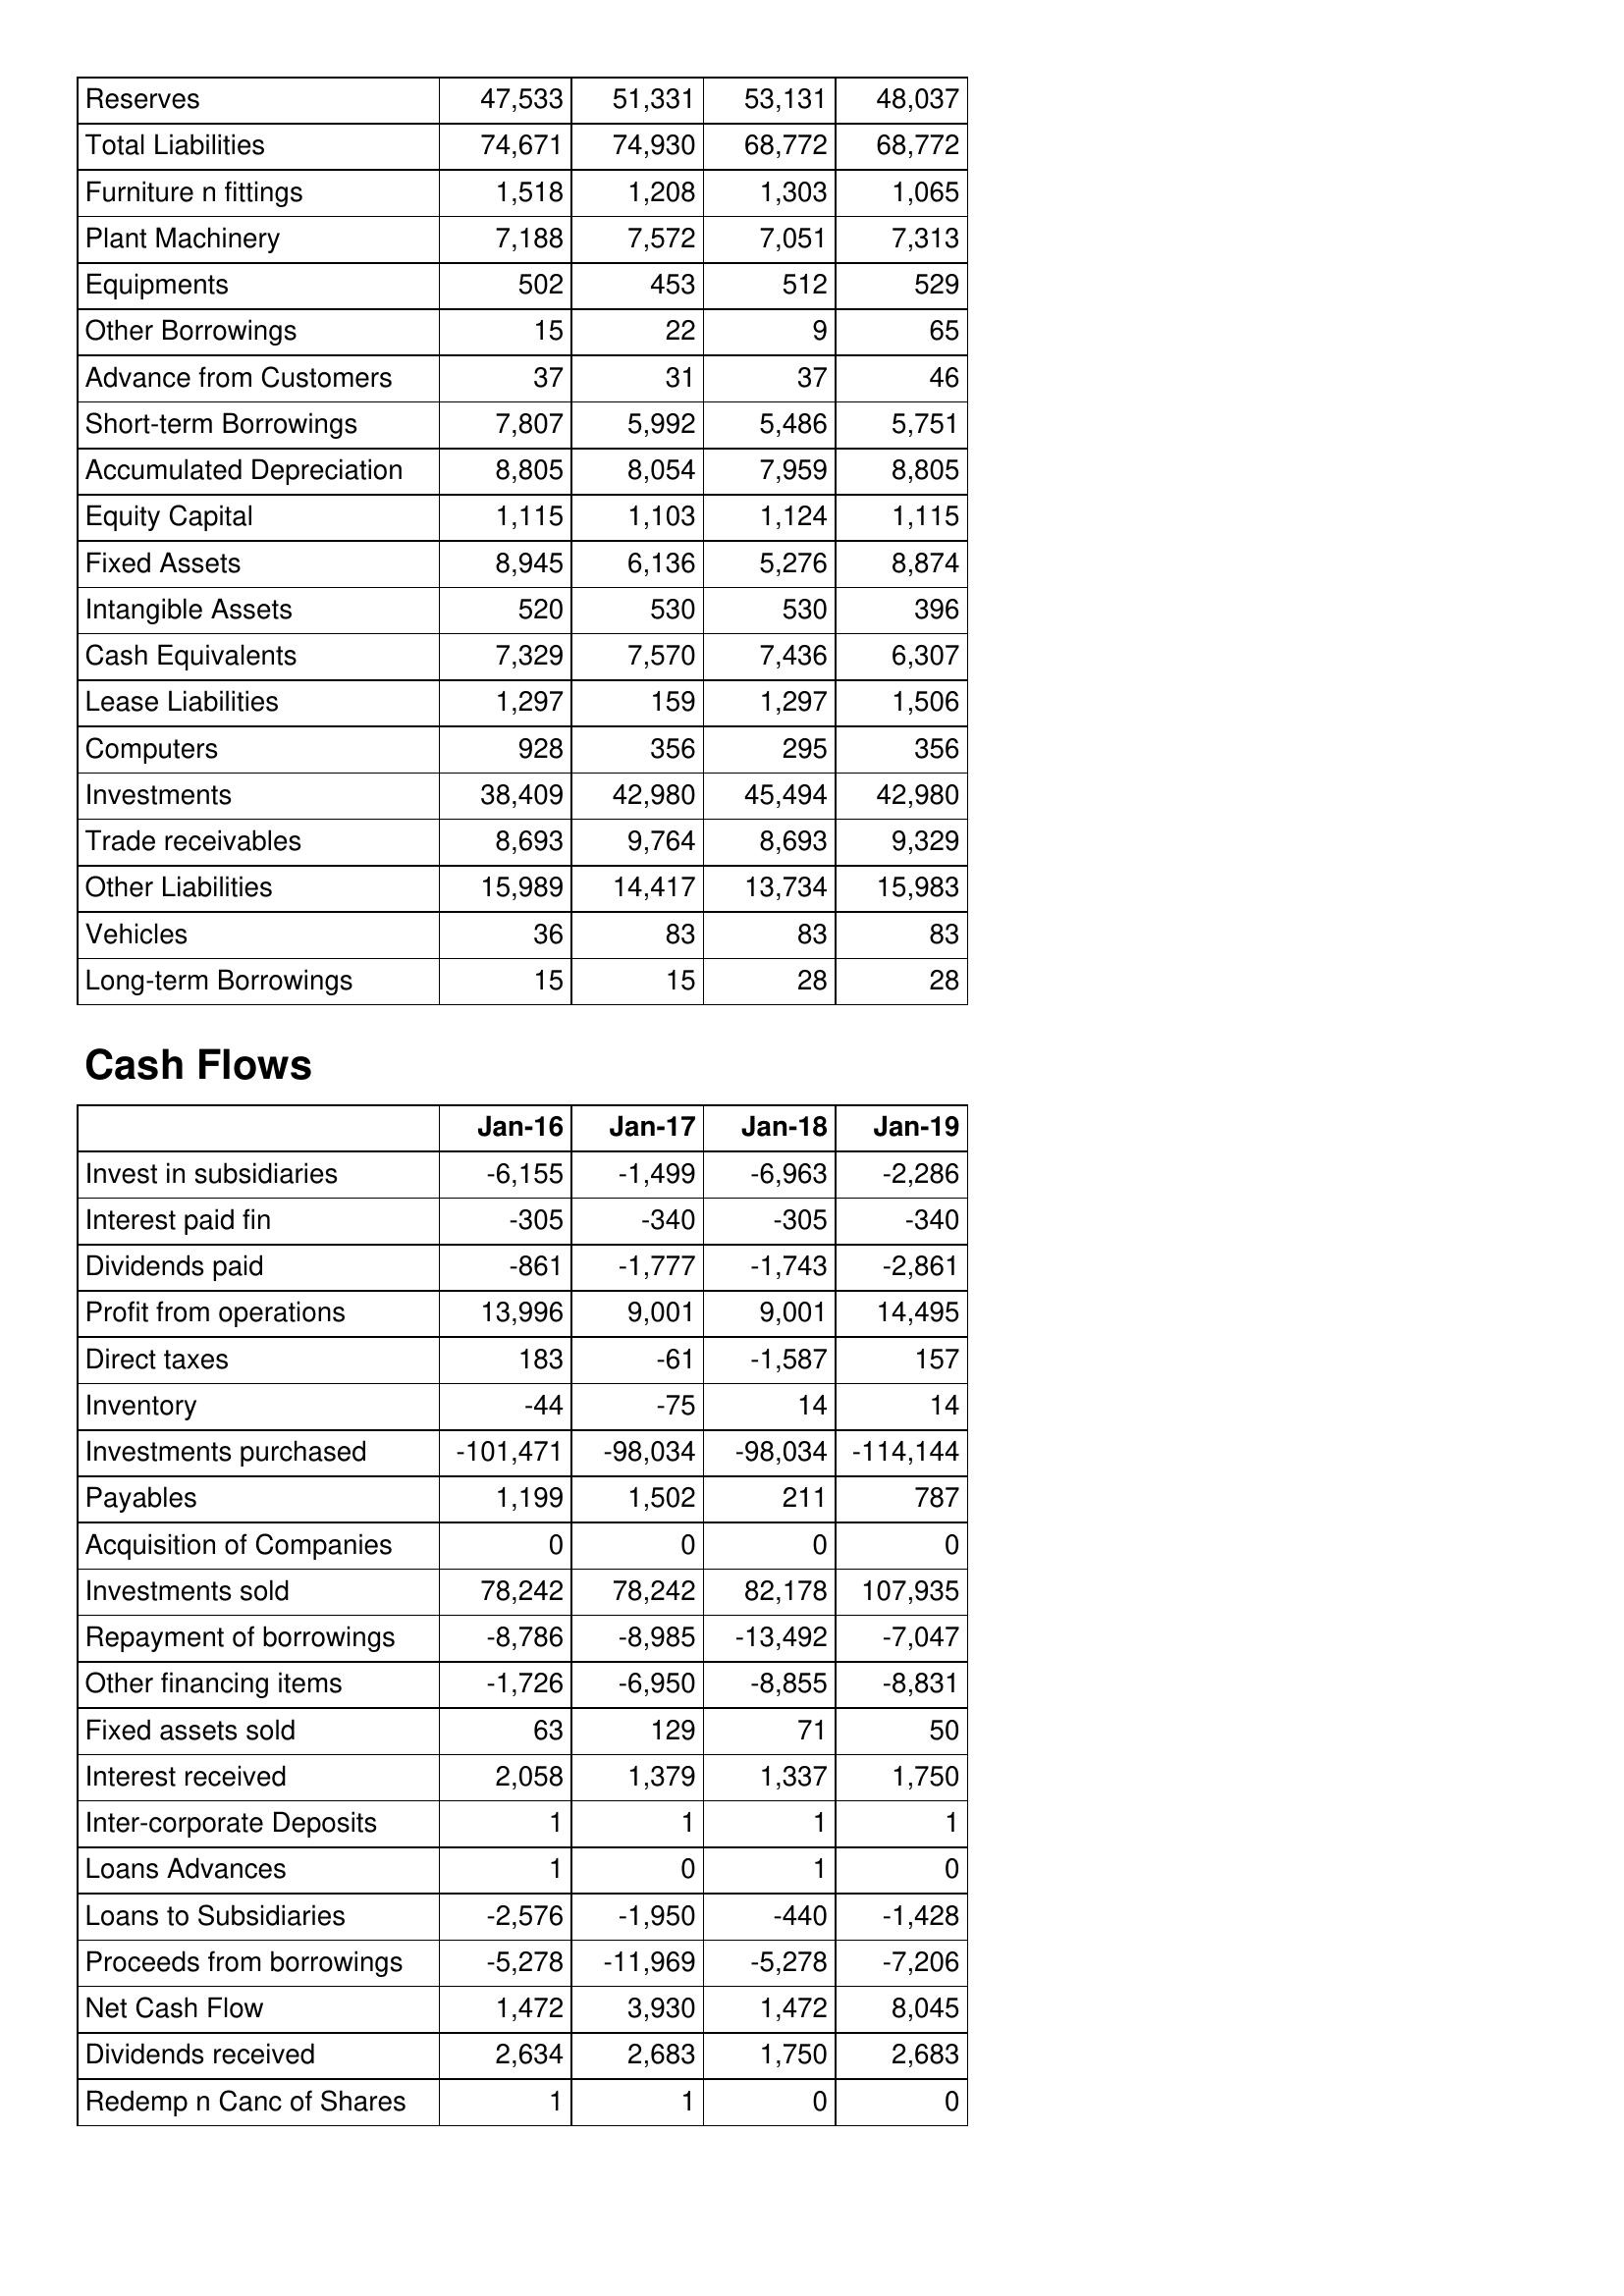
Jan-16: Balance Sheet: Reserves: 47,533
Total Liabilities: 74,671
Furniture n fittings: 1,518
Plant Machinery: 7,188
Equipments: 502
Other Borrowings: 15
Advance from Customers: 37
Short-term Borrowings: 7,807
Accumulated Depreciation: 8,805
Equity Capital: 1,115
Fixed Assets: 8,945
Intangible Assets: 520
Cash Equivalents: 7,329
Lease Liabilities: 1,297
Computers: 928
Investments: 38,409
Trade receivables: 8,693
Other Liabilities: 15,989
Vehicles: 36
Long-term Borrowings: 15
Cash Flows: Invest in subsidiaries: -6,155
Interest paid fin: -305
Dividends paid: -861
Profit from operations: 13,996
Direct taxes: 183
Inventory: -44
Investments purchased: -101,471
Payables: 1,199
Acquisition of Companies: 0
Investments sold: 78,242
Repayment of borrowings: -8,786
Other financing items: -1,726
Fixed assets sold: 63
Interest received: 2,058
Inter-corporate Deposits: 1
Loans Advances: 1
Loans to Subsidiaries: -2,576
Proceeds from borrowings: -5,278
Net Cash Flow: 1,472
Dividends received: 2,634
Redemp n Canc of Shares: 1
Jan-17: Balance Sheet: Reserves: 51,331
Total Liabilities: 74,930
Furniture n fittings: 1,208
Plant Machinery: 7,572
Equipments: 453
Other Borrowings: 22
Advance from Customers: 31
Short-term Borrowings: 5,992
Accumulated Depreciation: 8,054
Equity Capital: 1,103
Fixed Assets: 6,136
Intangible Assets: 530
Cash Equivalents: 7,570
Lease Liabilities: 159
Computers: 356
Investments: 42,980
Trade receivables: 9,764
Other Liabilities: 14,417
Vehicles: 83
Long-term Borrowings: 15
Cash Flows: Invest in subsidiaries: -1,499
Interest paid fin: -340
Dividends paid: -1,777
Profit from operations: 9,001
Direct taxes: -61
Inventory: -75
Investments purchased: -98,034
Payables: 1,502
Acquisition of Companies: 0
Investments sold: 78,242
Repayment of borrowings: -8,985
Other financing items: -6,950
Fixed assets sold: 129
Interest received: 1,379
Inter-corporate Deposits: 1
Loans Advances: 0
Loans to Subsidiaries: -1,950
Proceeds from borrowings: -11,969
Net Cash Flow: 3,930
Dividends received: 2,683
Redemp n Canc of Shares: 1
Jan-18: Balance Sheet: Reserves: 53,131
Total Liabilities: 68,772
Furniture n fittings: 1,303
Plant Machinery: 7,051
Equipments: 512
Other Borrowings: 9
Advance from Customers: 37
Short-term Borrowings: 5,486
Accumulated Depreciation: 7,959
Equity Capital: 1,124
Fixed Assets: 5,276
Intangible Assets: 530
Cash Equivalents: 7,436
Lease Liabilities: 1,297
Computers: 295
Investments: 45,494
Trade receivables: 8,693
Other Liabilities: 13,734
Vehicles: 83
Long-term Borrowings: 28
Cash Flows: Invest in subsidiaries: -6,963
Interest paid fin: -305
Dividends paid: -1,743
Profit from operations: 9,001
Direct taxes: -1,587
Inventory: 14
Investments purchased: -98,034
Payables: 211
Acquisition of Companies: 0
Investments sold: 82,178
Repayment of borrowings: -13,492
Other financing items: -8,855
Fixed assets sold: 71
Interest received: 1,337
Inter-corporate Deposits: 1
Loans Advances: 1
Loans to Subsidiaries: -440
Proceeds from borrowings: -5,278
Net Cash Flow: 1,472
Dividends received: 1,750
Redemp n Canc of Shares: 0
Jan-19: Balance Sheet: Reserves: 48,037
Total Liabilities: 68,772
Furniture n fittings: 1,065
Plant Machinery: 7,313
Equipments: 529
Other Borrowings: 65
Advance from Customers: 46
Short-term Borrowings: 5,751
Accumulated Depreciation: 8,805
Equity Capital: 1,115
Fixed Assets: 8,874
Intangible Assets: 396
Cash Equivalents: 6,307
Lease Liabilities: 1,506
Computers: 356
Investments: 42,980
Trade receivables: 9,329
Other Liabilities: 15,983
Vehicles: 83
Long-term Borrowings: 28
Cash Flows: Invest in subsidiaries: -2,286
Interest paid fin: -340
Dividends paid: -2,861
Profit from operations: 14,495
Direct taxes: 157
Inventory: 14
Investments purchased: -114,144
Payables: 787
Acquisition of Companies: 0
Investments sold: 107,935
Repayment of borrowings: -7,047
Other financing items: -8,831
Fixed assets sold: 50
Interest received: 1,750
Inter-corporate Deposits: 1
Loans Advances: 0
Loans to Subsidiaries: -1,428
Proceeds from borrowings: -7,206
Net Cash Flow: 8,045
Dividends received: 2,683
Redemp n Canc of Shares: 0